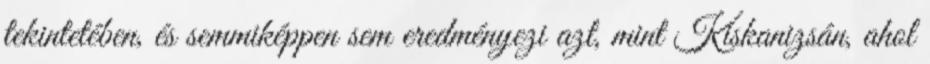
tekintetében, és semmiképpen sem eredményezi azt, mint Kiskanizsán, ahol